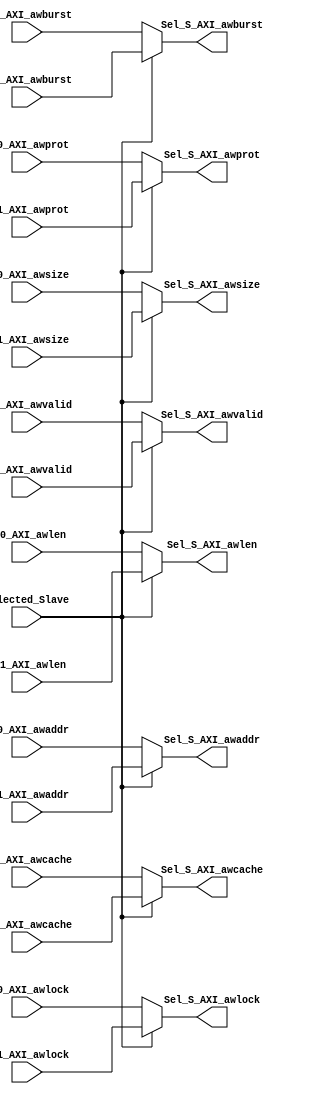
module AW_MUX_2_1 #(parameter Address_width='d32,S_Aw_len='d8//!or 4 for AXI3
) (
    input  wire                          Selected_Slave,

    input  wire  [Address_width-1:0]     S00_AXI_awaddr,// the write address
    input  wire  [S_Aw_len-1:0]          S00_AXI_awlen, // number of transfer per burst //! For AXI3 limt is 16 and AXI4 is 256 for inc bursts only 
    input  wire  [2:0]                   S00_AXI_awsize,//number of bytes within the transfer
    input  wire  [1:0]                   S00_AXI_awburst, // burst type
    input  wire  [1:0]                   S00_AXI_awlock , // lock type
    input  wire  [3:0]                   S00_AXI_awcache, // a opptional signal for connecting to diffrent types of  memories
    input  wire  [2:0]                   S00_AXI_awprot ,// identifies the level of protection
    //input  wire  [3:0]                   S00_AXI_awqos  , // for priority transactions
    input  wire                          S00_AXI_awvalid, // Address write valid signal 

    input  wire  [Address_width-1:0]     S01_AXI_awaddr,// the write address
    input  wire  [S_Aw_len-1:0]          S01_AXI_awlen, // number of transfer per burst //! For AXI3 limt is 16 and AXI4 is 256 for inc bursts only 
    input  wire  [2:0]                   S01_AXI_awsize,//number of bytes within the transfer
    input  wire  [1:0]                   S01_AXI_awburst, // burst type
    input  wire  [1:0]                   S01_AXI_awlock , // lock type
    input  wire  [3:0]                   S01_AXI_awcache, // a opptional signal for connecting to diffrent types of  memories
    input  wire  [2:0]                   S01_AXI_awprot ,// identifies the level of protection
    //input  wire  [3:0]                   S01_AXI_awqos  , // for priority transactions
    input  wire                          S01_AXI_awvalid, // Address write valid signal


    output  reg  [Address_width-1:0]     Sel_S_AXI_awaddr,// the write address
    output  reg  [S_Aw_len-1:0]          Sel_S_AXI_awlen, // number of transfer per burst //! For AXI3 limt is 16 and AXI4 is 256 for inc bursts only 
    output  reg  [2:0]                   Sel_S_AXI_awsize,//number of bytes within the transfer
    output  reg  [1:0]                   Sel_S_AXI_awburst, // burst type
    output  reg  [1:0]                   Sel_S_AXI_awlock , // lock type
    output  reg  [3:0]                   Sel_S_AXI_awcache, // a opptional signal for connecting to diffrent types of  memories
    output  reg  [2:0]                   Sel_S_AXI_awprot ,// identifies the level of protection
    //output  reg  [3:0]                   Sel_S_AXI_awqos  , // for priority transactions
    output  reg                          Sel_S_AXI_awvalid // Address write valid signal  
   
);


always @(*) begin
    if (!Selected_Slave) begin
        Sel_S_AXI_awaddr  =S00_AXI_awaddr;       
        Sel_S_AXI_awlen   =S00_AXI_awlen; 
        Sel_S_AXI_awsize  =S00_AXI_awsize;
        Sel_S_AXI_awburst =S00_AXI_awburst;
        Sel_S_AXI_awlock  =S00_AXI_awlock ;
        Sel_S_AXI_awcache =S00_AXI_awcache;
        Sel_S_AXI_awprot  =S00_AXI_awprot ;
        Sel_S_AXI_awvalid =S00_AXI_awvalid;
        
    end else begin
        Sel_S_AXI_awaddr  =S01_AXI_awaddr;       
        Sel_S_AXI_awlen   =S01_AXI_awlen; 
        Sel_S_AXI_awsize  =S01_AXI_awsize;
        Sel_S_AXI_awburst =S01_AXI_awburst;
        Sel_S_AXI_awlock  =S01_AXI_awlock ;
        Sel_S_AXI_awcache =S01_AXI_awcache;
        Sel_S_AXI_awprot  =S01_AXI_awprot ;
        Sel_S_AXI_awvalid =S01_AXI_awvalid;
        
    end

end
    
endmodule